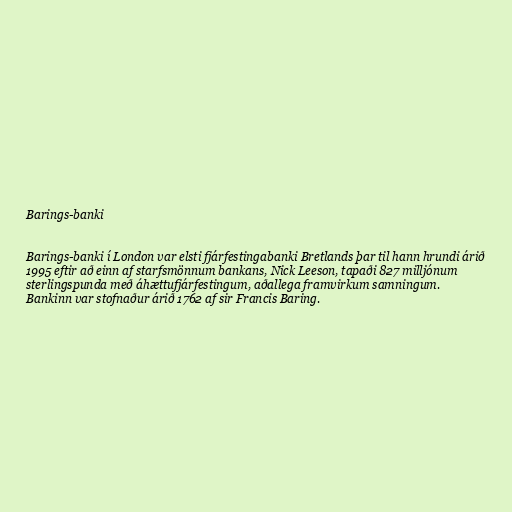
Barings-banki

Barings-banki í London var elsti fjárfestingabanki Bretlands þar til hann hrundi árið
1995 eftir að einn af starfsmönnum bankans, Nick Leeson, tapaði 827 milljónum
sterlingspunda með áhættufjárfestingum, aðallega framvirkum samningum.
Bankinn var stofnaður árið 1762 af sir Francis Baring.